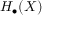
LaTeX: H _ { \bullet } ( X )